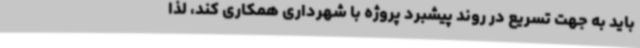
باید به جهت تسریع در روند پیشبرد پروژه با شهرداری همکاری کند، لذا